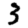
Digit: 3